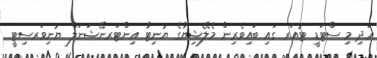
އަދި މި ސްޓަޑީ ޓުއަރ ގައި ބައިވެރިން މެލޭޝިޔާގެ ޔުނިޓާ އިންޓަރނޭޝަނަލް ޔުނިވަރސިޓީ